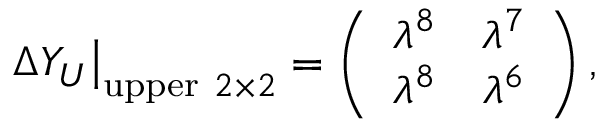
\left. \Delta Y _ { U } \right| _ { \mathrm { u p p e r } \ 2 \times 2 } = \left( \begin{array} { c c } { { \lambda ^ { 8 } } } & { { \lambda ^ { 7 } } } \\ { { \lambda ^ { 8 } } } & { { \lambda ^ { 6 } } } \end{array} \right) ,